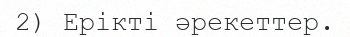
2) Ерікті әрекеттер.